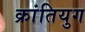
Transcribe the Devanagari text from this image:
क्रांतियुग